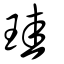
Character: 珪